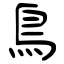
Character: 鳥